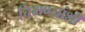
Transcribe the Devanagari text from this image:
चिमण्यांशी